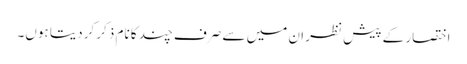
اختصار کے پیش نظر ان میں سے صرف چند کا نام ذکر کردیتا ہوں۔